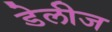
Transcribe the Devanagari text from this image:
डेलीज